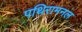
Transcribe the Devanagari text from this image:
पथिरामनल